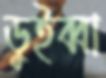
ডুইব্বা